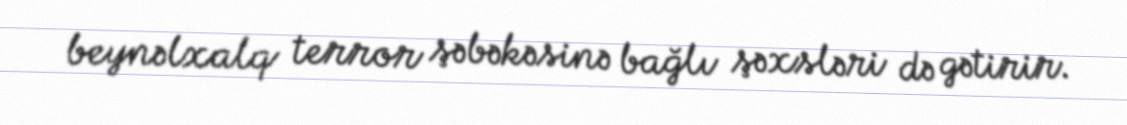
beynəlxalq terror şəbəkəsinə bağlı şəxsləri də gətirir.